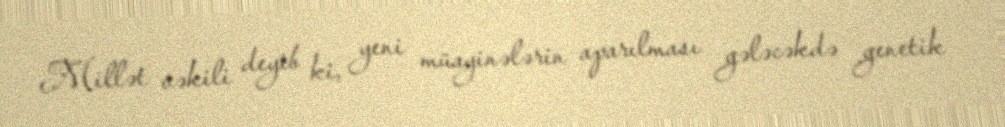
Millət vəkili deyib ki, yeni müayinələrin aparılması gələcəkdə genetik